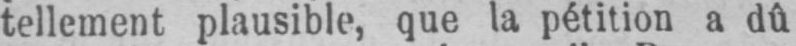
tellement plausible, que la pétition a dû